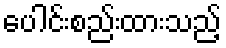
ပေါင်းစည်းထားသည့်